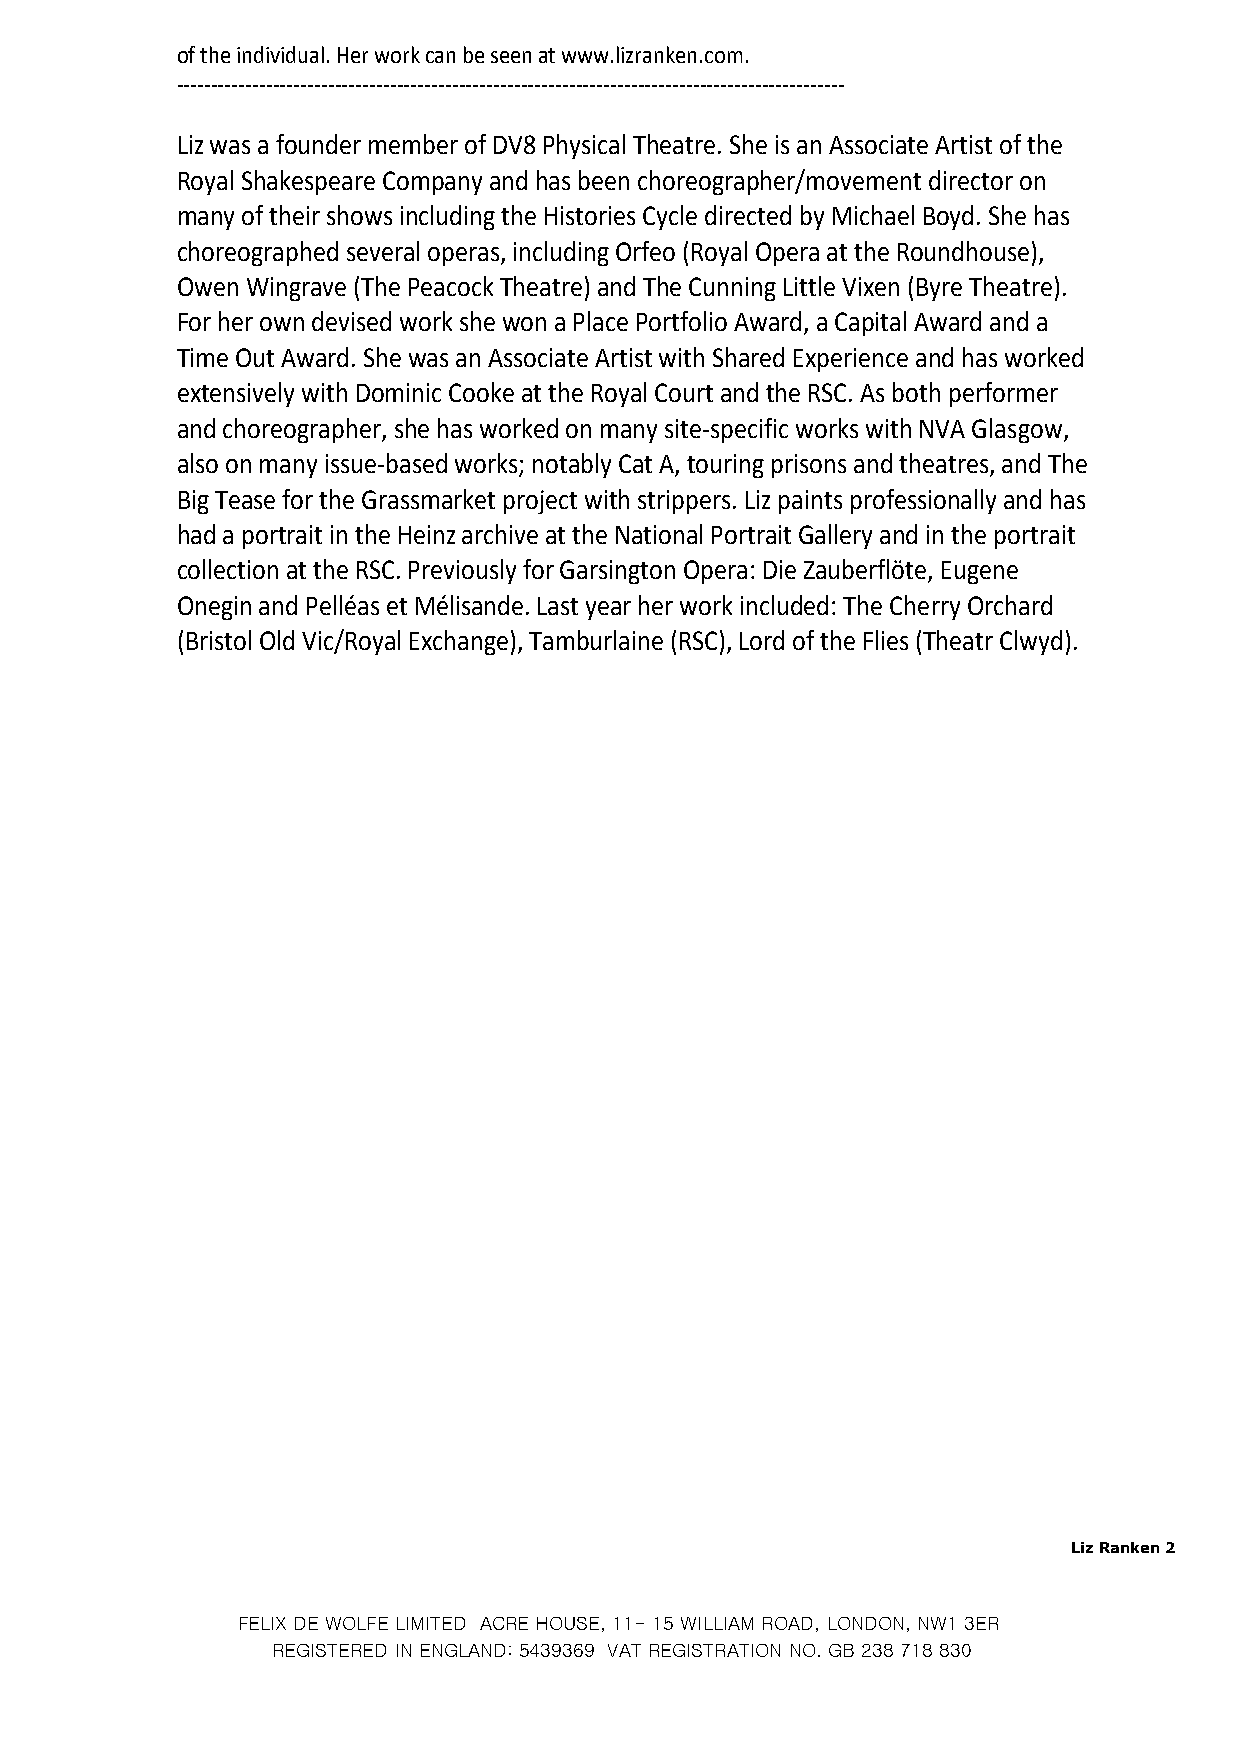
of the individual. Her work can be seen at www.lizranken.com.
 -------------------------------------------------------------------------------------------------
 Liz was a founder member of DV8 Physical Theatre. She is an Associate Artist of the
 Royal Shakespeare Company and has been choreographer/movement director on
 many of their shows including the Histories Cycle directed by Michael Boyd. She has
 choreographed several operas, including Orfeo (Royal Opera at the Roundhouse),
 Owen Wingrave (The Peacock Theatre) and The Cunning Little Vixen (Byre Theatre).
 For her own devised work she won a Place Portfolio Award, a Capital Award and a
 Time Out Award. She was an Associate Artist with Shared Experience and has worked
 extensively with Dominic Cooke at the Royal Court and the RSC. As both performer
 and choreographer, she has worked on many site-specific works with NVA Glasgow,
 also on many issue-based works; notably Cat A, touring prisons and theatres, and The
 Big Tease for the Grassmarket project with strippers. Liz paints professionally and has
 had a portrait in the Heinz archive at the National Portrait Gallery and in the portrait
 collection at the RSC. Previously for Garsington Opera: Die Zauberflöte, Eugene
 Onegin and Pelléas et Mélisande. Last year her work included: The Cherry Orchard
 (Bristol Old Vic/Royal Exchange), Tamburlaine (RSC), Lord of the Flies (Theatr Clwyd).
 Liz Ranken 2
 FELIX DE WOLFE LIMITED ACRE HOUSE, 11- 15 WILLIAM ROAD, LONDON, NW1 3ER
 REGISTERED IN ENGLAND: 5439369 VAT REGISTRATION NO. GB 238 718 830